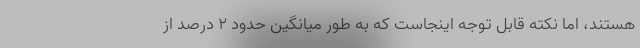
هستند، اما نکته قابل توجه اینجاست که به طور میانگین حدود ۲ درصد از